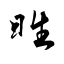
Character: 甠